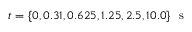
t = \{ 0 , 0 . 3 1 , 0 . 6 2 5 , 1 . 2 5 , 2 . 5 , 1 0 . 0 \} \ \mathrm { ~ s ~ }